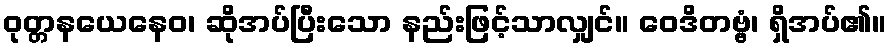
ဝုတ္တနယေနေဝ၊ ဆိုအပ်ပြီးသော နည်းဖြင့်သာလျှင်။ ဝေဒိတဗ္ဗံ၊ ရှိအပ်၏။